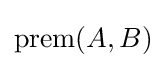
\operatorname {prem} (A,B)